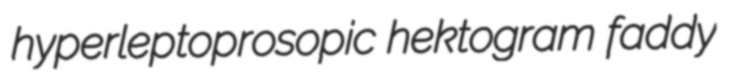
hyperleptoprosopic hektogram faddy